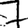
Digit: 7